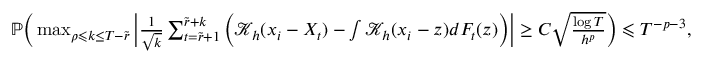
\begin{array} { r } { \mathbb { P } \Big ( \operatorname* { m a x } _ { \rho \leqslant k \leq T - \widetilde { r } } \Big | \frac { 1 } { \sqrt { k } } \sum _ { t = \widetilde { r } + 1 } ^ { \widetilde { r } + k } \Big ( \mathcal { K } _ { h } ( x _ { i } - X _ { t } ) - \int \mathcal { K } _ { h } ( x _ { i } - z ) d F _ { t } ( z ) \Big ) \Big | \geq C \sqrt { \frac { \log T } { h ^ { p } } } \Big ) \leqslant T ^ { - p - 3 } , } \end{array}